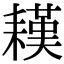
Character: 䎯